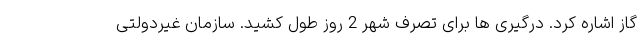
گاز اشاره کرد. درگیری ها برای تصرف شهر 2 روز طول کشید. سازمان غیردولتی